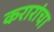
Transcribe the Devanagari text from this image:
करारांचा